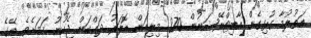
އަތުލުމާ ގުޅިގެން އާބިޓްރޭޝަނުން 270 މިލިއަން ޑޮލަރު ދައްކަން ޖެހުނު ކަމަށެވެ. އޭގެ